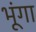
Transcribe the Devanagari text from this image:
भूंगा